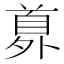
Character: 𩠘